Elephants and their diseases
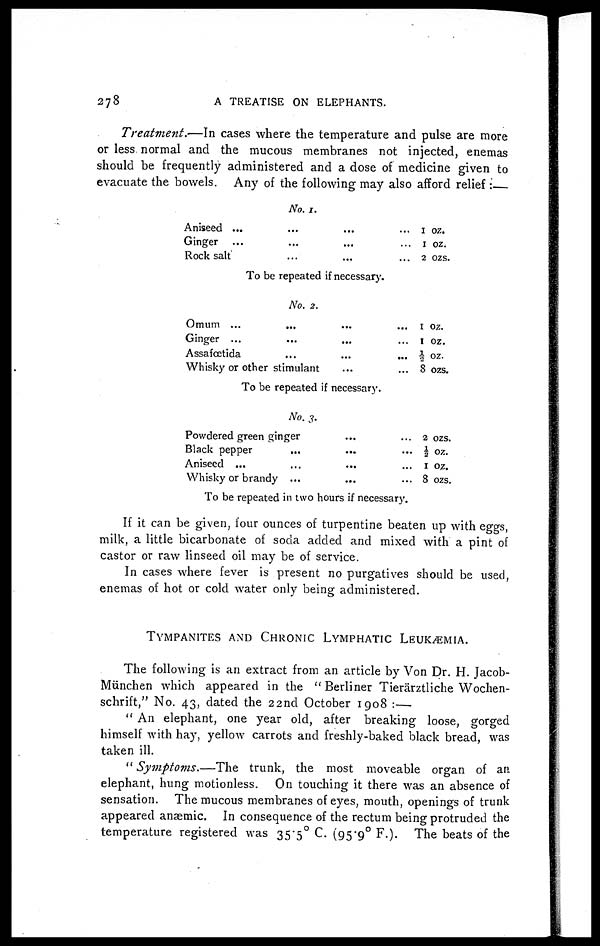
278
A TREATISE ON ELEPHANTS.
Treatment.—In
cases where the temperature and pulse are more
or less normal and the mucous membranes not injected, enemas
should be frequently administered and a dose of medicine given to
evacuate the bowels. Any of the following may also afford relief :—
No. 1.
Aniseed ... ... ... ...
Ginger ... ... ... ...
Rock salt ... ... ... ...
1 oz.
1
oz.
2
ozs.
To be repeated if necessary.
No. 2.
Omum ...
...
......
Ginger ...
.........
Assafœtida.......
Whisky or other stimulant......
1 oz.
1 oz.
½ oz.
8 ozs.
To be repeated if necessary.
No. 3.
Powdered green ginger......
Black pepper.........
Aniseed
............
Whisky or brandy.........
2 ozs.
½ oz.
1
oz.
8 ozs.
To be repeated in two hours if necessary.
If it can be given, four ounces of turpentine beaten up with eggs,
milk, a little bicarbonate of soda added and mixed with a pint of
castor or raw linseed oil may be of service.
In cases where fever is present no purgatives should be used,
enemas of hot or cold water only being administered.
TYMPANITES AND CHRONIC LYMPHATIC LEUKÆMIA.
The following is an extract from an article by Von Dr. H. Jacob-
Munchen which appeared in the " Berliner Tierärztliche Wochen-
schrift," No. 43, dated the 22nd October 1908 :—
" An elephant, one year old, after breaking loose, gorged
himself with hay, yellow carrots and freshly-baked black bread, was
taken ill.
" Symptoms.—The
trunk, the most moveable organ of an
elephant, hung motionless. On touching it there was an absence of
sensation. The mucous membranes of eyes, mouth, openings of trunk
appeared anaemic. In consequence of the rectum being protruded the
temperature registered was 35.5° C (95.9° F.). The beats of the